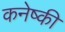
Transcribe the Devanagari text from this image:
कनेष्की